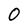
Character: 0